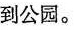
到公园。